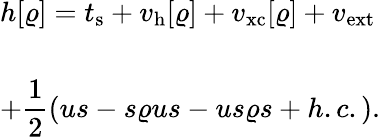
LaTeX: \begin{array}{l}{{\displaystyle h[\varrho]=t_{\mathrm{s}}+v_{\mathrm{h}}[\varrho]+v_{\mathrm{xc}}[\varrho]+v_{\mathrm{ext}}}}\\ {~~}\\ {{\displaystyle+\frac{1}{2}(us-s\varrho us-us\varrho s+h.c.)}.}\end{array}